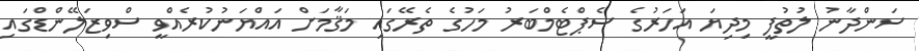
ސަންދާނު ލުތުފީ މިދިޔަ އަހަރުގެ ސެޕްޓެމްބަރު މަހުގެ ތެރޭގައި މަޤާމަށް އައްޔަނުކުރެއްވީ ސްވިޒަލޭންޑްގައި